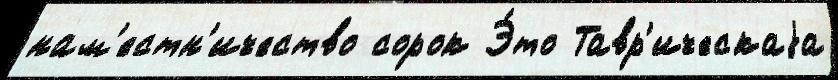
нам'естн'ичество сорок Э́то Тавр'ическаjа